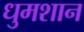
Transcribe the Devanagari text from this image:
धुमशान